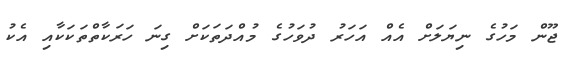
ޖޫން މަހުގެ ނިޔަލަށް އެއް އަހަރު ދުވަހުގެ މުއްދަތަކަށް ގިނަ ހަރަކާތްތަކަކާއި އެކު